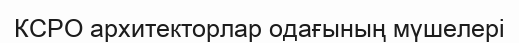
КСРО архитекторлар одағының мүшелері